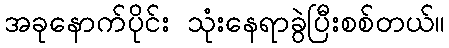
အခုနောက်ပိုင်း သုံးနေရာခွဲပြီးစစ်တယ်။